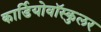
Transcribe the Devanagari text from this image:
कार्डियोवॉस्कुलर